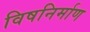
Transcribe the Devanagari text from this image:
विषनिर्माण